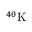
^ { 4 0 } \mathrm { K }